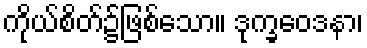
ကိုယ်စိတ်၌ဖြစ်သော။ ဒုက္ခဝေဒနာ၊